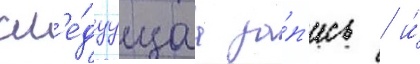
сл'е́дуущаа за́п'ись / и́